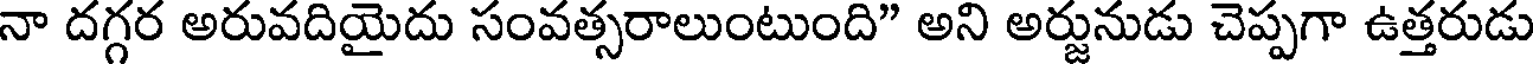
నా దగ్గర అరువదియైదు సంవత్సరాలుంటుంది" అని అర్జునుడు చెప్పగా ఉత్తరుడు